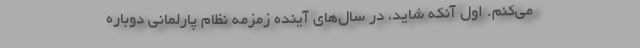
می‌کنم. اول آنکه شاید، در سال‌های آینده زمزمه نظام پارلمانی دوباره